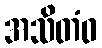
အသိတံဝ